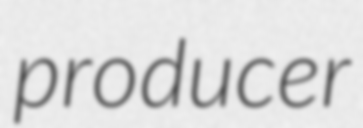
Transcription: producer